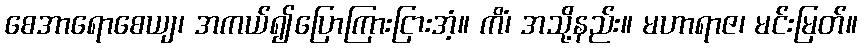
စေအာရောစေယျ၊ အကယ်၍ပြောကြားငြားအံ့။ ကိံ၊ အသို့နည်း။ မဟာရာဇ၊ မင်းမြတ်။